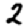
Digit: 2